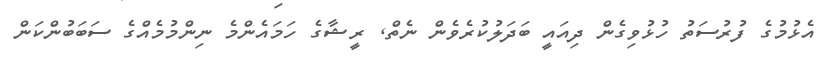
އެޅުމުގެ ފުރުސަތު ހުޅުވިގެން ދިއައީ ބަދަލުކުރެވެން ނެތްް